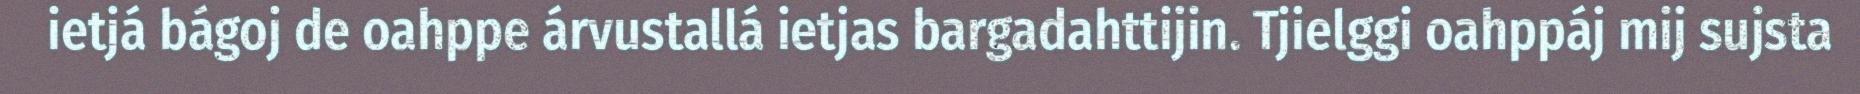
ietjá bágoj de oahppe árvustallá ietjas bargadahttijin. Tjielggi oahppáj mij sujsta